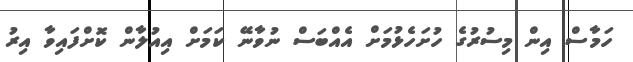
ހަމާސް އިން މިސުރުގެ ހުށަހެޅުމަށް އެއްބަސް ނުވާނޭ ކަމަށް އިއުލާން ކޮށްފައިވާ އިރު